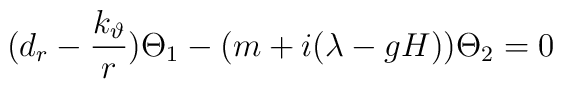
(d_r-{\frac{k_\vartheta }r})\Theta _1-(m+i(\lambda -gH))\Theta_2=0